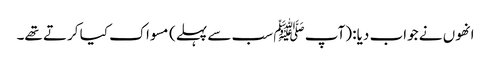
انھوں نے جواب دیا: (آپ ﷺ سب سے پہلے) مسواک کیا کرتے تھے۔